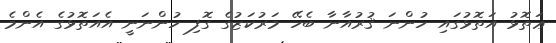
ޢަތޮޅު އަތޮޅުގައި ހުންނަ ޤުރުއާނާ ބެހޭ މަރުކަޒުގެ ގޮފި ހުންނަނީ އެއަތޮޅުގެ އެންމެ